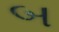
બ